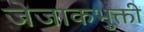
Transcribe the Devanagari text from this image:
जेजाकभुक्ती